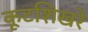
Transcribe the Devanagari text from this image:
कूटशिखरे